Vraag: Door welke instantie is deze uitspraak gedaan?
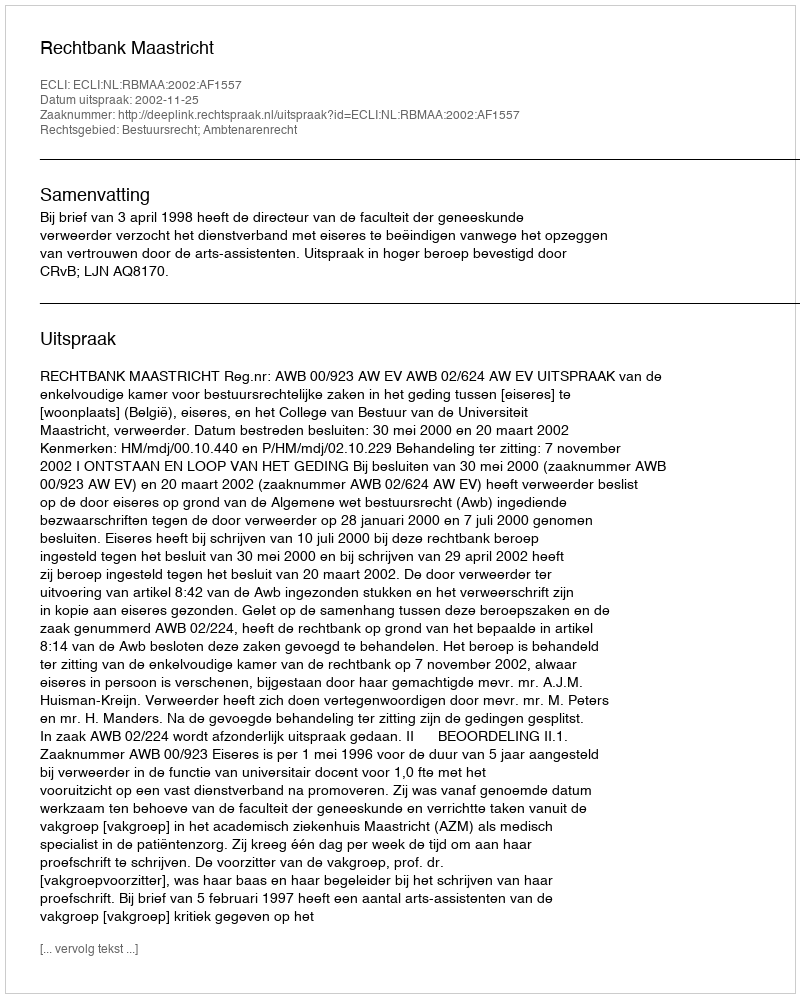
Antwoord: Rechtbank Maastricht